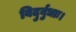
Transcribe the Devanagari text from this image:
विदुर्बुधाः।